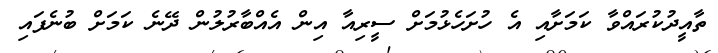
ތާއީދުކުރައްވާ ކަމަށާއި އެ ހުށަހެޅުމަށް ސީރިއާ އިން އެއްބާރުލުން ދޭނެ ކަމަށް ބުނެފައި